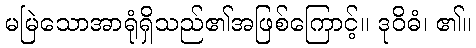
မမြဲသောအာရုံရှိသည်၏အဖြစ်ကြောင့်။ ဒုဝိဓံ၊ ၏။